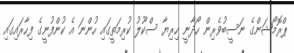
ޕްރޮމޯޝަންގެ ނަސީބުވެރިން ހޯދާނީ ހިރިޔާ ސްކޫލު ކުރިމަތީގައި ހުންނަ އެ ކުންފުނީގެ ފިހާރައިގައި